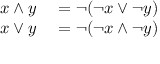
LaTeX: \begin{array} { r l } { x \wedge y } & { { } = \neg ( \neg x \vee \neg y ) } \\ { x \vee y } & { { } = \neg ( \neg x \wedge \neg y ) } \end{array}